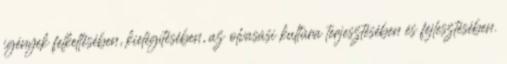
igények felkeltésében, kielégítésében, az olvasási kultúra terjesztésében és fejlesztésében.